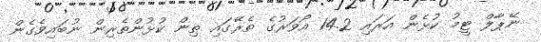
ނޭޕާލް ޓީމު ކުޅެން އަރައި 14.2 އޯވަރުގެ ތެރޭގައި ތިން ކުޅުންތެރިން ނުބައިވެގެން